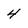
Character: 4